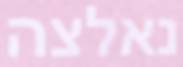
נאלצה